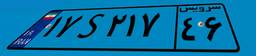
۱۷S۲۱۷۴۶